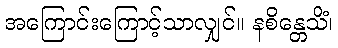
အကြောင်းကြောင့်သာလျှင်။ နစိန္တေသိံ၊